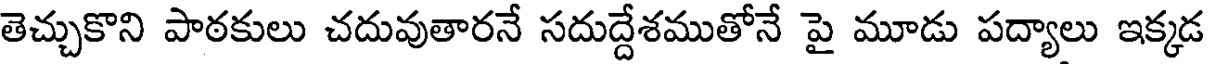
తెచ్చుకొని పాఠకులు చదువుతారనే సదుద్దేశముతోనే పై మూడు పద్యాలు ఇక్కడ